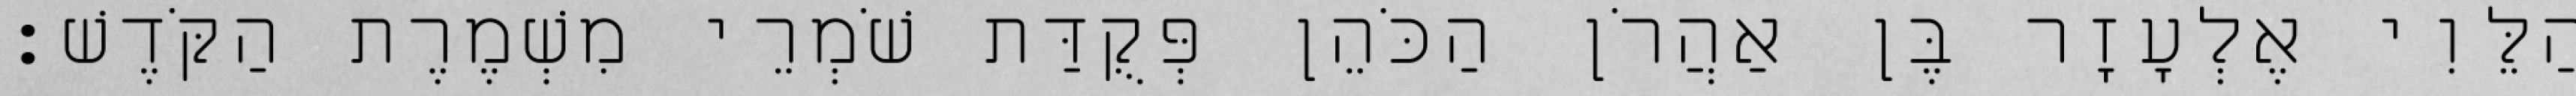
הַלֵּוִי אֶלְעָזָר בֶּן אַהֲרֹן הַכֹּהֵן פְּקֻדַּת שֹׁמְרֵי מִשְׁמֶרֶת הַקֹּדֶשׁ׃